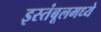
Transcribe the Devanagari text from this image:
इस्तंबूलमध्ये